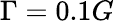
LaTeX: \Gamma=0.1G